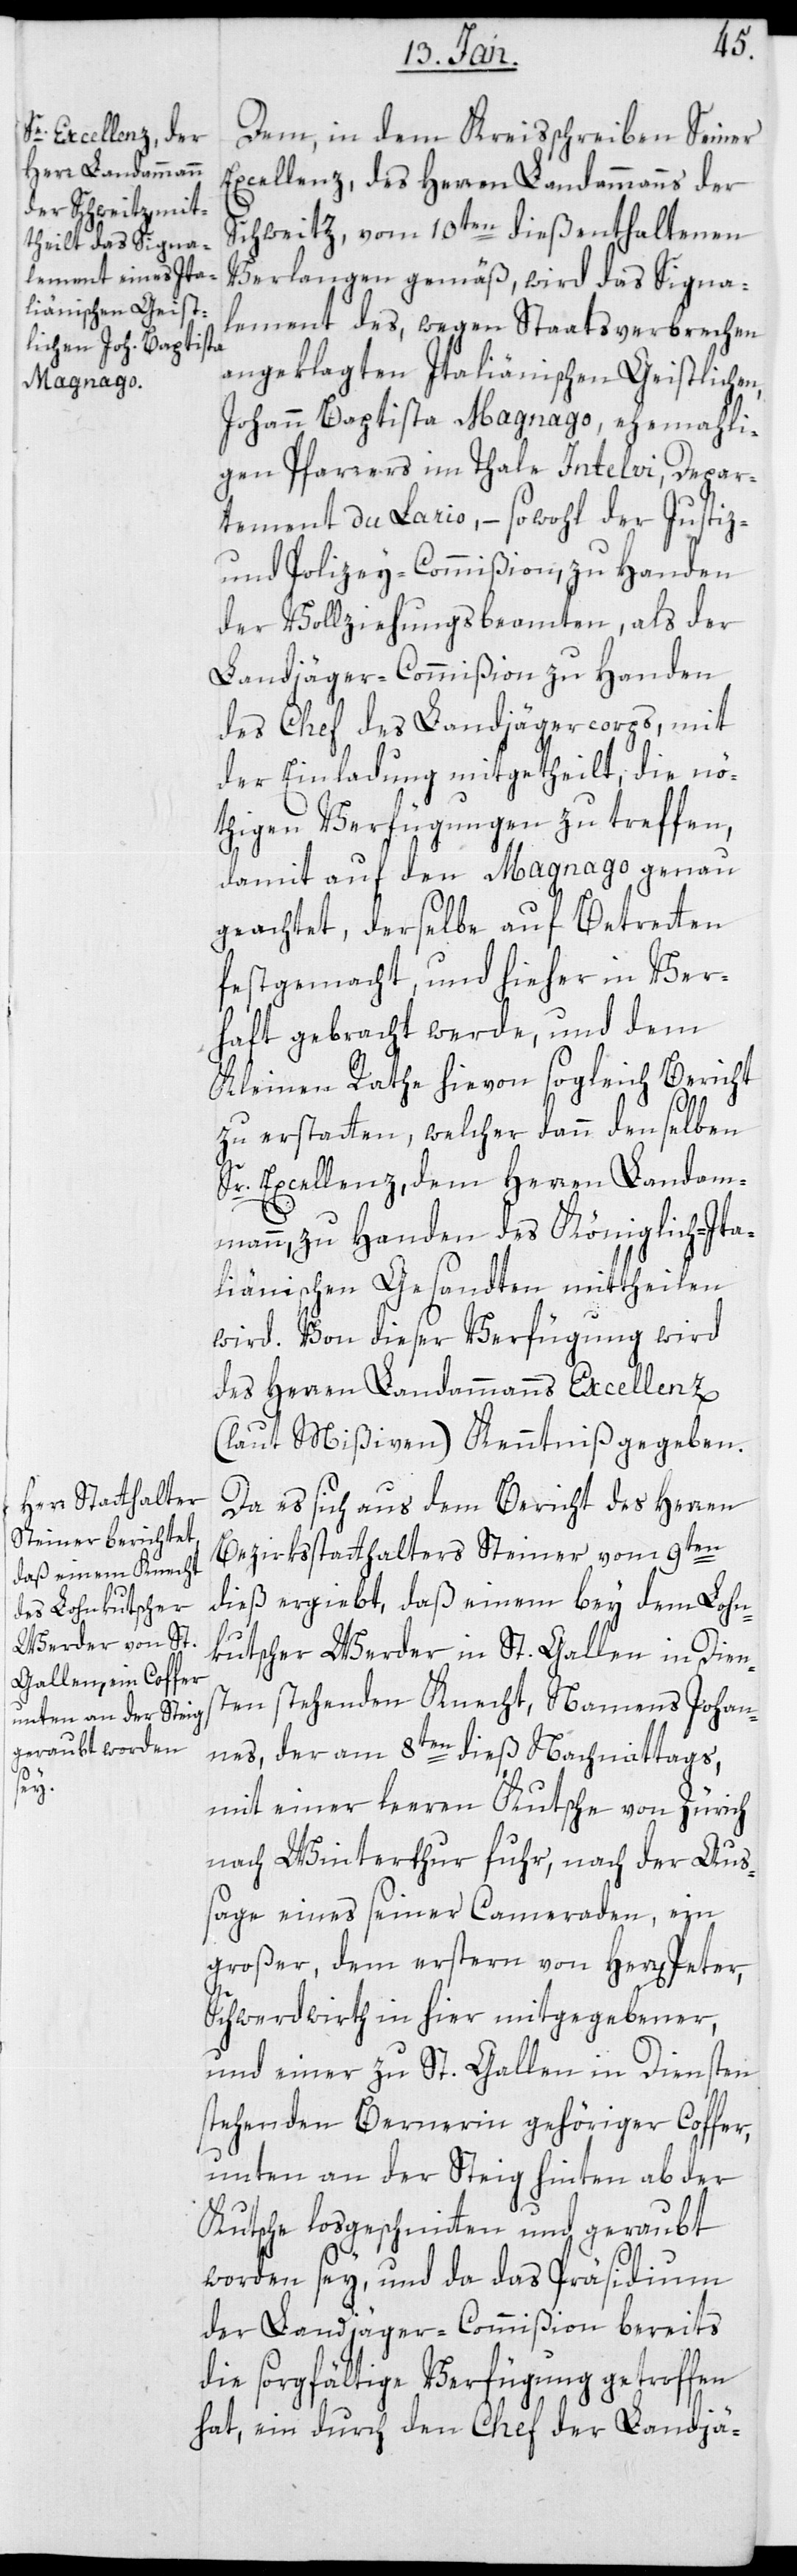
Dem in dem Kreisschreiben Seiner
Excellenz des Herren Landammanns der
dies enthaltenen
Schweitz, vom 10ten
Verlangen gemäss, wird das Signa¬
lement des wegen Staatsverbrechen
angeklagten Italiänischen Geistlichen,
Johann Baptista Magnago, ehemahli¬
gen Pfarrers im Thale Intelvi, Depar¬
tement du Lario, – sowohl der Justiz-
und Polizey-Commißion, zu Handen
der Vollziehungsbeamten, als der
Landjäger-Commißion zu Handen
des Chefs des Landjägercorps, mit
der Einladung mitgetheilt, die nö¬
thigen Verfügungen zu treffen,
damit auf den Magnago genau
geachtet, derselbe auf Betreten
festgemacht, und hieher in Ver¬
haft gebracht werde, und dem
Kleinen Rathe hievon sogleich Bericht
zu erstatten, welcher dann denselben
Sr. Excellenz dem Herren Landam¬
mann, zu Handen des Königlich-Ita¬
liänischen Gesandten mittheilen
wird. Von dieser Verfügung wird
des Herren Landammanns Excellenz
(laut Mißiven) Kenntniß gegeben.
Da es sich aus dem Bericht des Herren
Bezirksstatthalters Steiner vom 9ten
dieß ergiebt, daß einem bey dem Lohn¬
kutscher Werder in St. Gallen in Dien¬
sten stehenden Knecht namens Johan¬
nes, der am 8ten dieß nachmittags,
mit einer leeren Kutsche von Zürich
nach Winterthur fuhr, nach der Aus¬
sage eines seiner Cameraden, ein
großer, dem erstern von Herren Peter,
Schwerdwirth in hier, mitgegebener,
und einer zu St. Gallen in Diensten
stehenden Bernerin gehöriger Coffer,
unten an der Steig hinten ab der
Kutsche losgeschnitten und geraubt
worden sey, und da das Präsidium
der Landjäger-Commißion bereits
die sorgfältige Verfügung getroffen
hat, ein durch den Chef der Landjä-